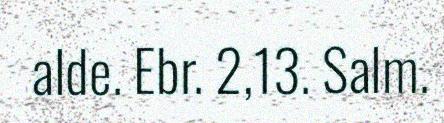
alde. Ebr. 2,13. Salm.